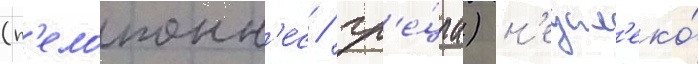
(п'елопонн'ес / гр'е́циа) н'едал'еко́